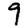
Digit: 9